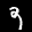
Label: 9